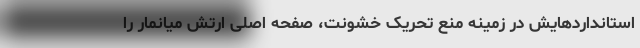
استانداردهایش در زمینه منع تحریک خشونت، صفحه اصلی ارتش میانمار را